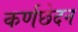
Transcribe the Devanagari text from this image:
कर्णछेदन